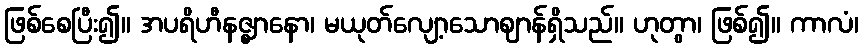
ဖြစ်စေပြီး၍။ အပရိဟီနဇ္ဈာနော၊ မယုတ်လျော့သောဈာန်ရှိသည်။ ဟုတွာ၊ ဖြစ်၍။ ကာလံ၊